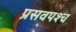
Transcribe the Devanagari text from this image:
प्रसवपश्च